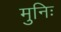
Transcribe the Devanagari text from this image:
मुनिः